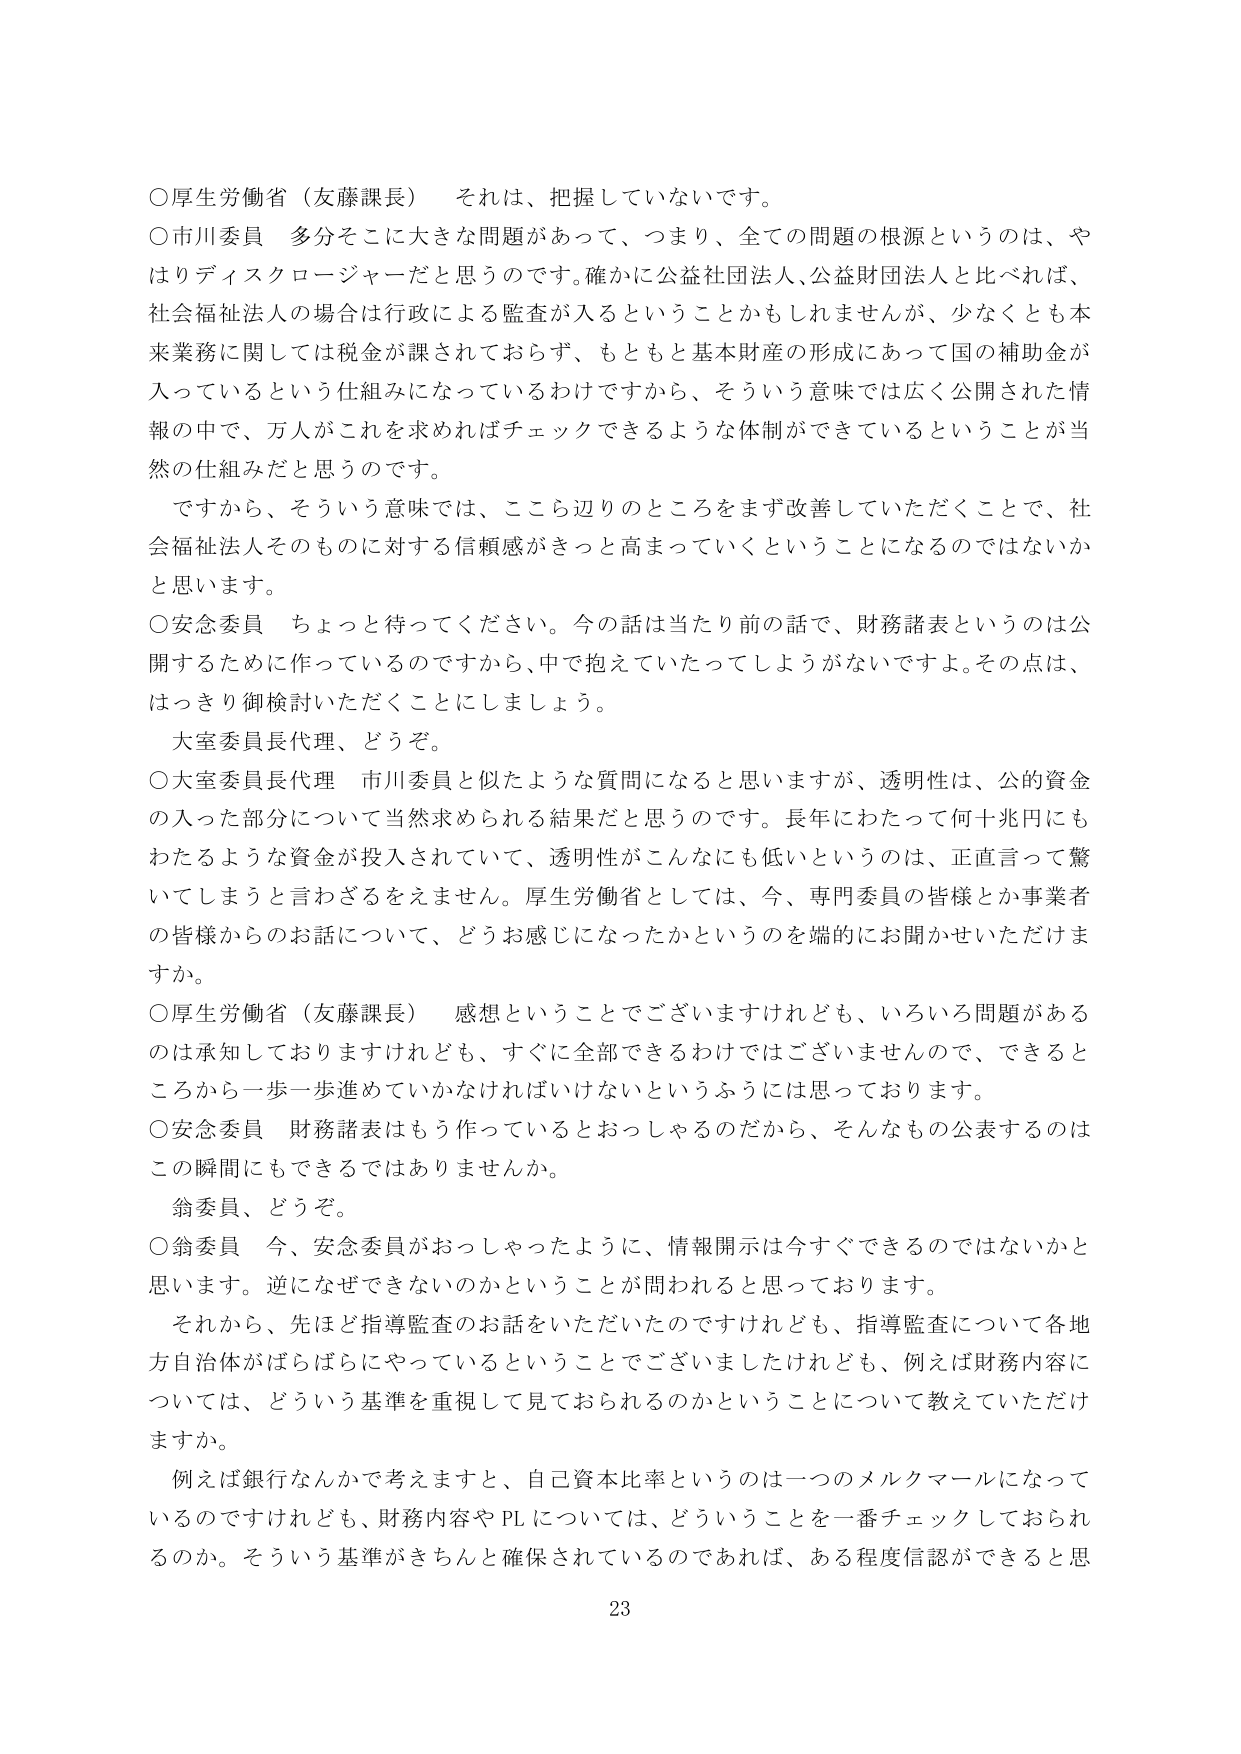
○厚生労働省（友藤課長）　それは、把握していないです。

○市川委員　多分そこに大きな問題があって、つまり、全ての問題の根源というのは、やはりディスクロージャーだと思うのです。確かに公益社団法人、公益財団法人と比べれば、社会福祉法人の場合は行政による監査が入るということかもしれませんが、少なくとも本来業務に関しては税金が課されておらず、もともと基本財産の形成にあって国の補助金が入っているという仕組みになっているわけですから、そういう意味では広く公開された情報の中で、万人がこれを求めればチェックできるような体制ができているということが当然の仕組みだと思うのです。

　ですから、そういう意味では、ここら辺りのところをまず改善していただくことで、社会福祉法人そのものに対する信頼感がきっと高まっていくということになるのではないかと思います。

○安念委員　ちょっと待ってください。今の話は当たり前のことであって、財務諸表というのは公開するために作っているのですから、中で抱えていたってしようがないですよ。その点は、はっきり御検討いただくことにしましょう。

　大室委員長代理、どうぞ。

○大室委員長代理　市川委員と似たような質問になると思いますが、透明性は、公的資金の入った部分について当然求められる結果だと思うのです。長年にわたって何十兆円にもわたるような資金が投入されていて、透明性がこんなにも低いというのは、正直言って驚いてしまうと言わざるをえません。厚生労働省としては、今、専門委員の皆様とか事業者の皆様からのお話について、どうお感じになったかというのを端的にお聞かせいただけますか。

○厚生労働省（友藤課長）　感想ということでございますけれども、いろいろ問題があるのは承知しておりますけれども、すぐに全部できるわけではございませんので、できるところから一歩一歩進めていかなければならないというふうには思っております。

○安念委員　財務諸表はもう作っているとおっしゃるのだから、そんなもの公表するのはこの瞬間にもできるではありませんか。

　翁委員、どうぞ。

○翁委員　今、安念委員がおっしゃったように、情報開示は今すぐできるのではないかと思います。逆になぜできないのかということが問われると思っております。

　それから、先ほど指導監査のお話をいただいたのですけれども、指導監査について各地方自治体がばらばらにやっているということでございましたけれども、例えば財務内容については、どういう基準を重視して見ておられるのかということについて教えていただけますか。

　例えば銀行なんかで考えますと、自己資本比率というのは一つのメルクマールになっているのですけれども、財務内容やPLについては、どういうことを一番チェックしておられるのか。そういう基準がきちんと確保されているのであれば、ある程度信認ができると思

23